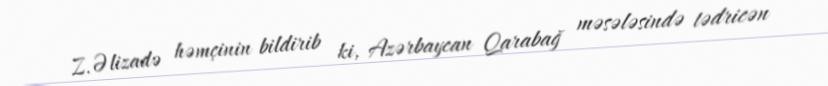
Z.Əlizadə həmçinin bildirib ki, Azərbaycan Qarabağ məsələsində tədricən